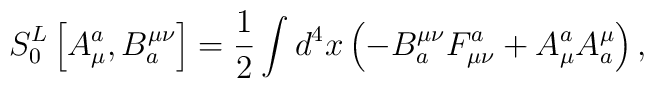
S_0^L\left[ A_\mu ^a,B_a^{\mu \nu }\right] =\frac 12\int d^4x\left(-B_a^{\mu \nu }F_{\mu \nu }^a+A_\mu ^aA_a^\mu \right) ,